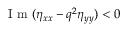
\mathrm { ~ I ~ m ~ } ( \eta _ { x x } - q ^ { 2 } \eta _ { y y } ) < 0